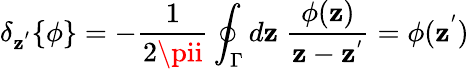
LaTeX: {\delta}_{\mathbf{z}^{'}}\{ \phi\} =-\frac{{1}}{{2\pii}}\oint_{\Gamma}d\mathbf{z}\; \frac{{\phi(\mathbf{z})}}{{\mathbf{z}-\mathbf{z}^{'}}}=\phi(\mathbf{z}^{'})